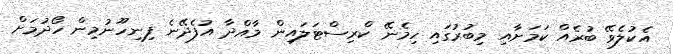
އެކުލެވޭ ބުރެއް ކަމަށާއި މިބުރުގައި ހިމެނޭ ކްރިސްޓަލައިން މާއްދާ އުފެދޭނެ ފިނިހޫނުމިން ހޯދުމަށް